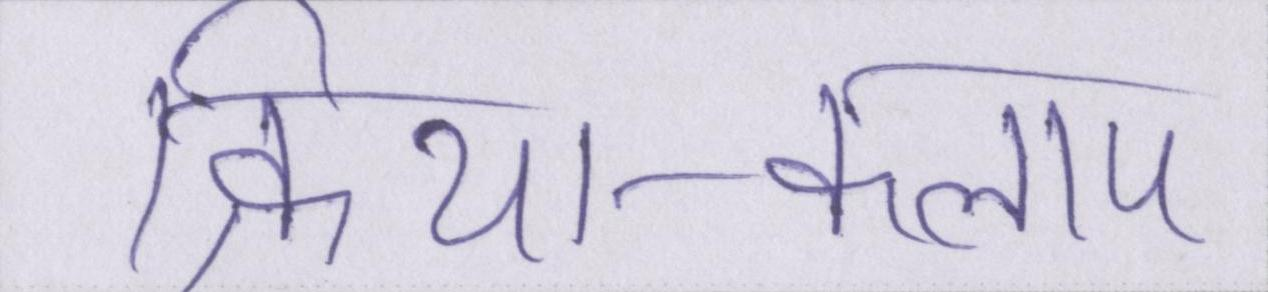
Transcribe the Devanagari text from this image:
क्रिया-कलाप